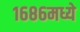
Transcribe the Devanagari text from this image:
१६८६मध्ये